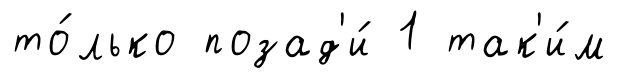
то́лько позад'и́ 1 так'и́м